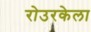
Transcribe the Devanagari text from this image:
रोउरकेला